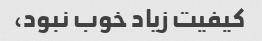
کیفیت زیاد خوب نبود،